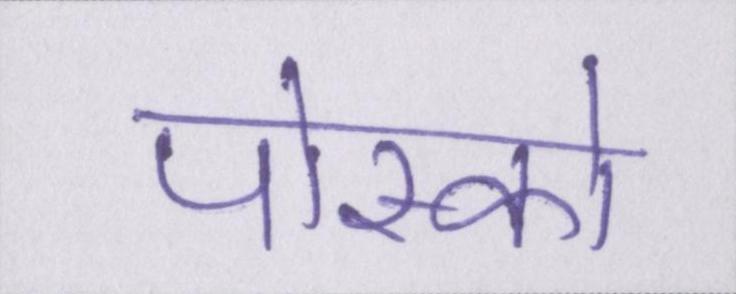
पोस्को